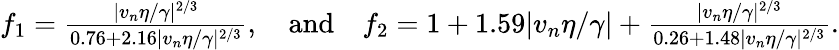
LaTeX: \begin{array}{r}{f_{1}=\frac{|v_{n}\eta/\gamma|^{2/3}}{0.76+2.16|v_{n}\eta/\gamma|^{2/3}},\quad\mathrm{and}\quad f_{2}=1+1.59|v_{n}\eta/\gamma|+\frac{|v_{n}\eta/\gamma|^{2/3}}{0.26+1.48|v_{n}\eta/\gamma|^{2/3}}.}\end{array}